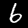
Label: 6